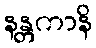
နန္တကာနိ